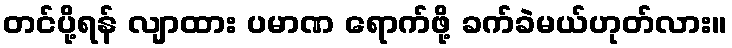
တင်ပို့ရန် လျာထား ပမာဏ ရောက်ဖို့ ခက်ခဲမယ်ဟုတ်လား။